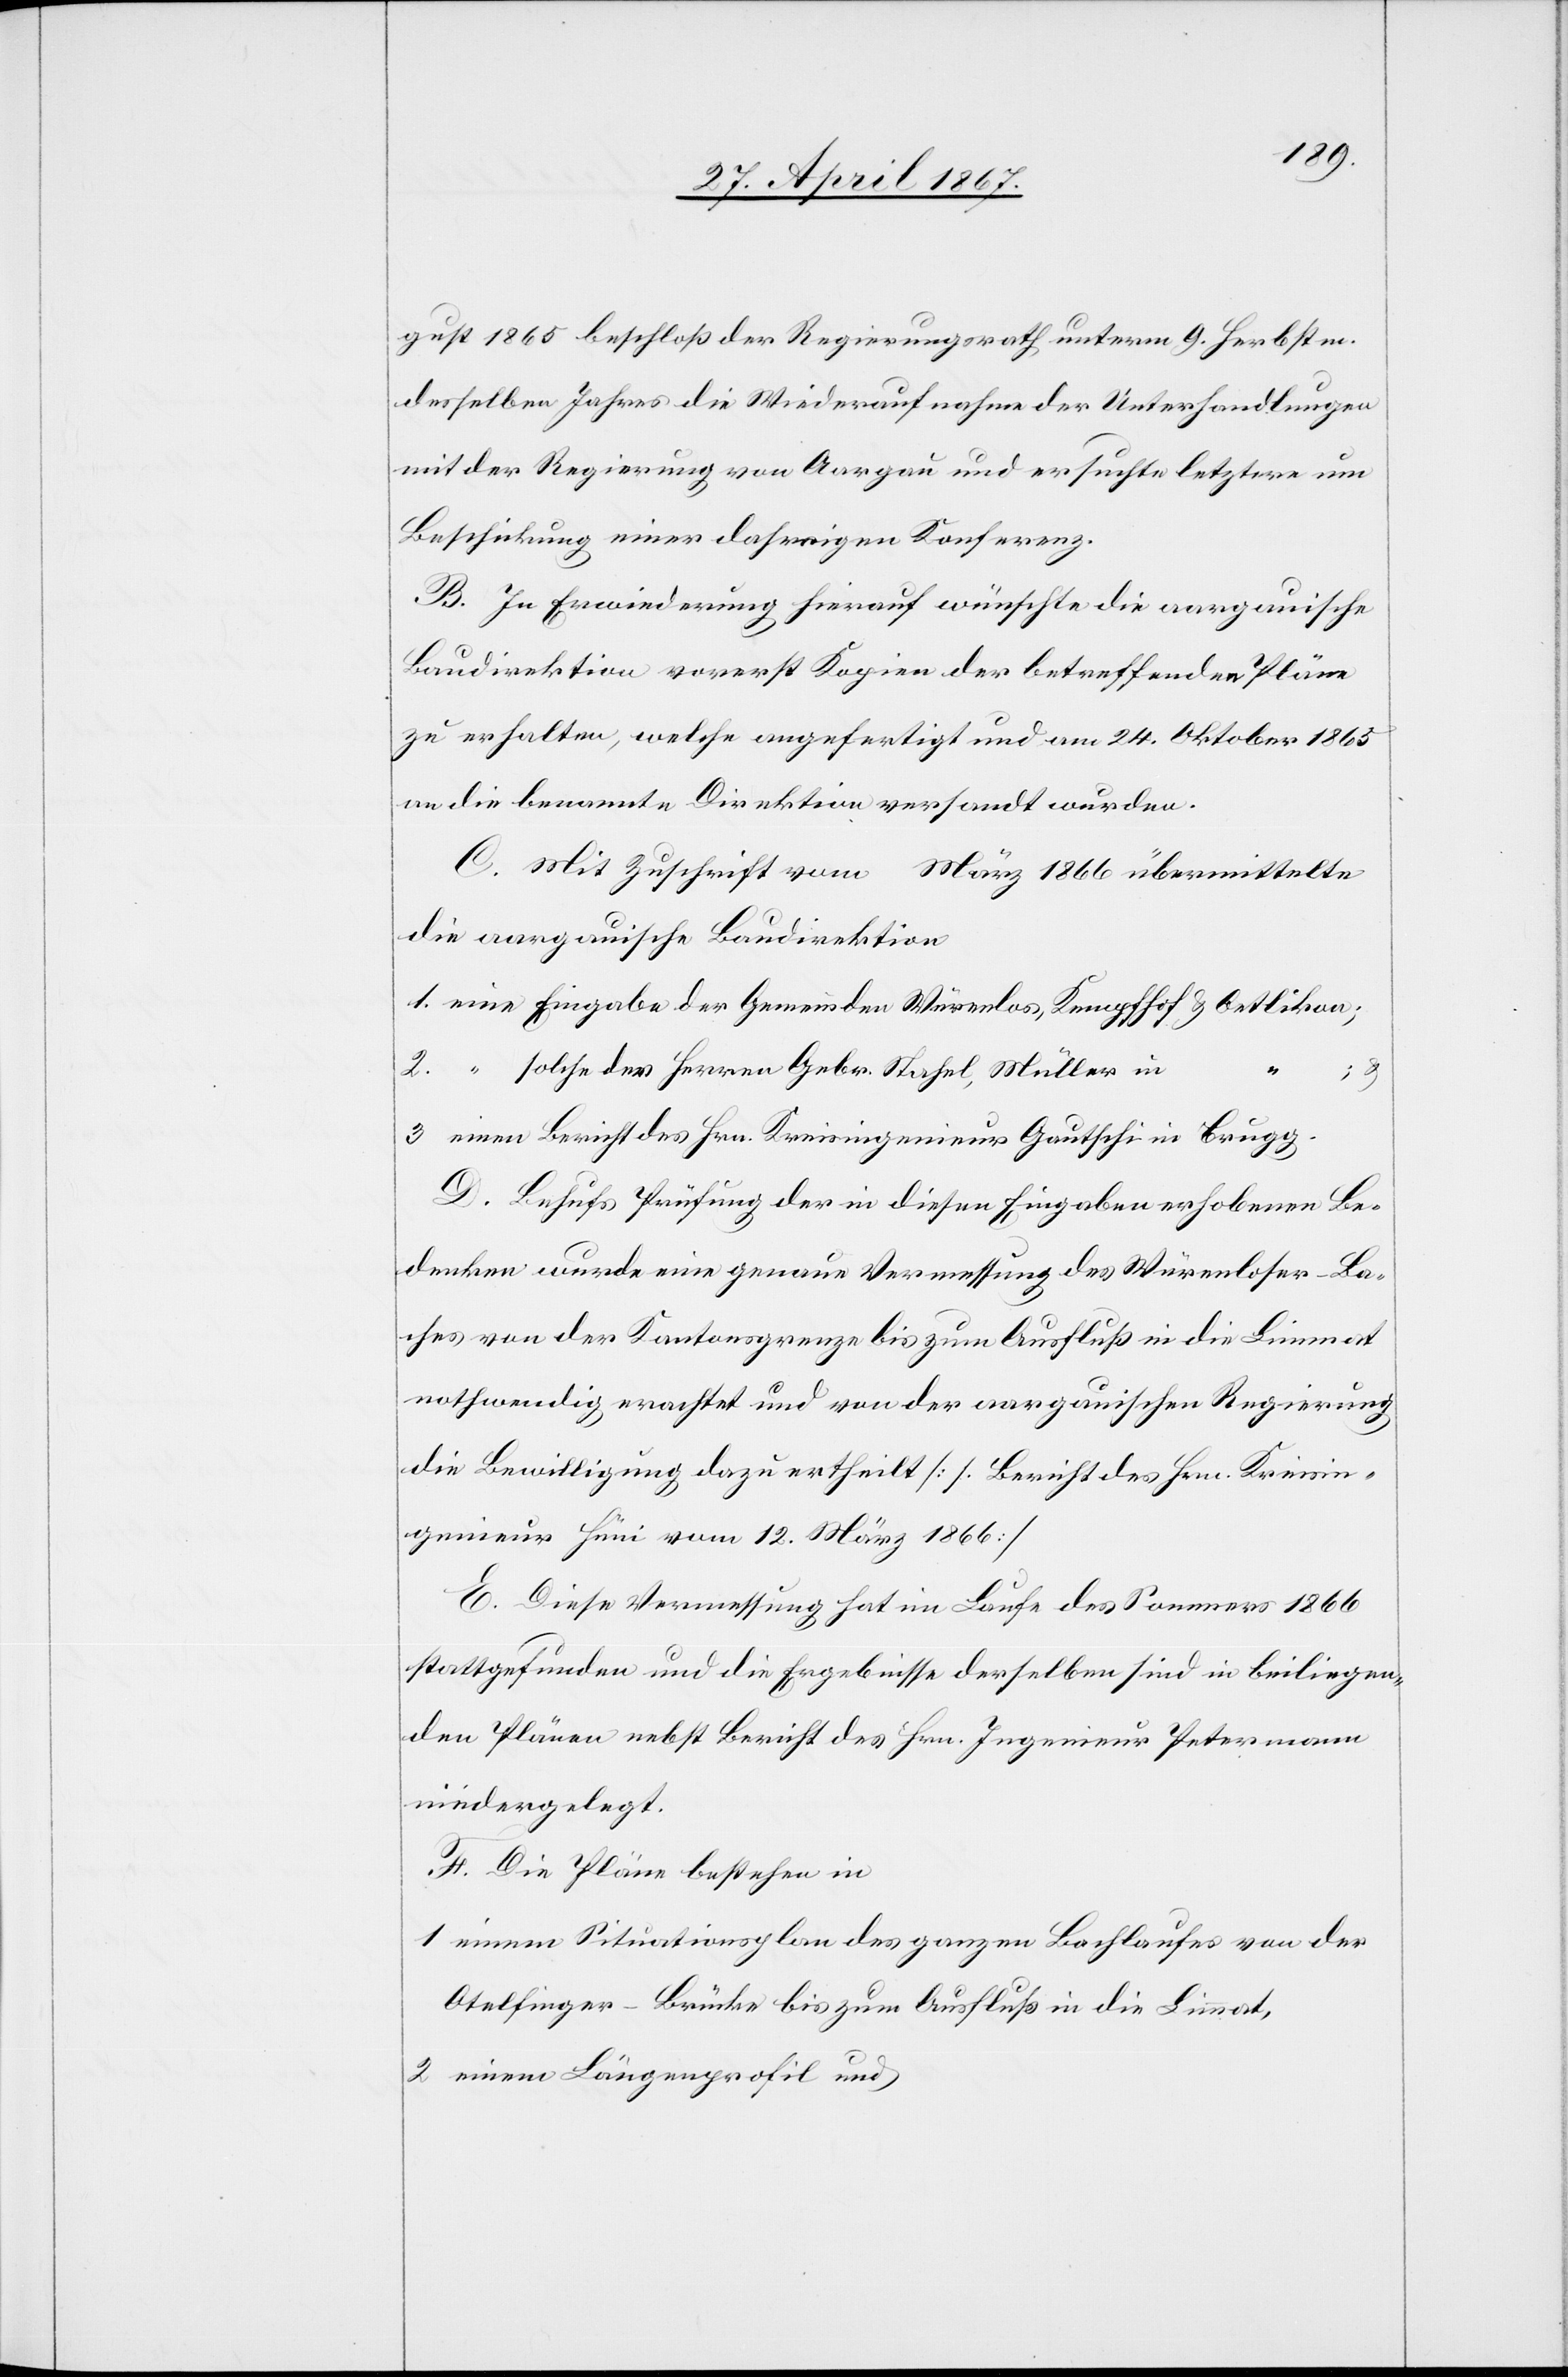
gust 1865 beschloß der Regierungsrath unterm 9. Herbstm.
desselben Jahres die Wiederaufnahme der Unterhandlungen
mit der Regierung von Aargau und ersuchte letztere um
Beschickung einer daherigen Konferenz.
B. In Erwiederung hierauf wünschte die aargauische
Baudirektion vorerst Kopien der betreffenden Pläne
zu erhalten, welche angefertigt und am 24. Oktober 1865
an die benannte Direktion versandt wurden.
C. Mit Zuschrift vom
März 1866 übermittelte
die aargauische Baudirektion
1. eine Eingabe der Gemeinden Würenlos, Kempfhof u. Oetlikon;
2. “	solche der Herren Gebr. Stahel, Müller in
3. einen Bericht des Hrn. Kreisingenieur Gautschi in Brugg.
D. Behufs Prüfung der in diesen Eingaben erhobenen Be¬
denken wurde eine genaue Vermessung des Würenloser-Ba¬
ches von der Kantonsgrenze bis zum Ausfluß in die Limmat
nothwendig erachtet und von der aargauischen Regierung
die Bewilligung dazu ertheilt [s. Bericht des Hrn. Kreisin¬
genieur Hüni vom 12. März 1866]
E. Diese Vermessung hat im Laufe des Sommers 1866
stattgefunden und die Ergebnisse derselben sind in beiliegen¬
den Plänen nebst Bericht des Hrn. Ingenieur Petermann
niedergelegt.
F. Die Pläne bestehen in
1. einem Situationsplan des ganzen Bachlaufes von der
Otelfinger-Brücke bis zum Ausfluß in die Limmat,
2. einem Längenprofil